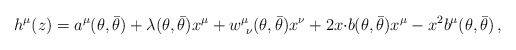
\begin{align*}h^{\mu}(z)=a^{\mu}(\theta,\bar{\theta})+\lambda(\theta,\bar{\theta})x^{\mu}+w^{\mu}_{~\nu}(\theta,\bar{\theta})x^{\nu}+2x{\cdot b}(\theta,\bar{\theta})x^{\mu}-x^{2}b^{\mu}(\theta,\bar{\theta})\,,\end{align*}